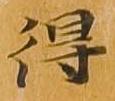
得